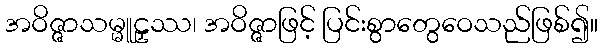
အဝိဇ္ဇာသမ္မူဠှဿ၊ အဝိဇ္ဇာဖြင့် ပြင်းစွာတွေဝေသည်ဖြစ်၍။